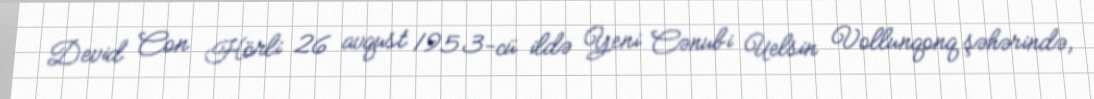
Devid Con Hörli 26 avqust 1953-cü ildə Yeni Cənubi Uelsin Vollunqonq şəhərində,